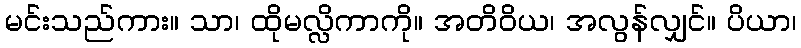
မင်းသည်ကား။ သာ၊ ထိုမလ္လိကာကို။ အတိဝိယ၊ အလွန်လျှင်။ ပိယာ၊